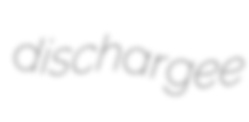
dischargee